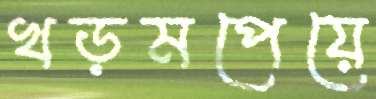
খড়মপেয়ে